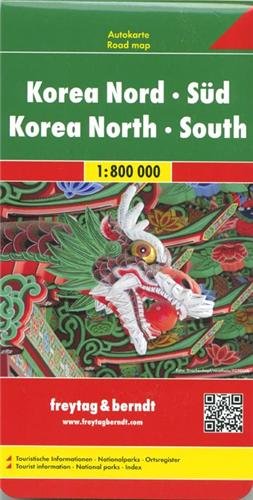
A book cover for Korea North + South 1:800K FB (English, Spanish, French, Italian and German Edition); Freytag-Berndt; Travel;